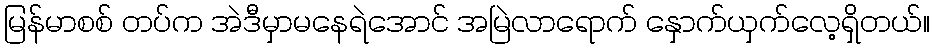
မြန်မာစစ် တပ်က အဲဒီမှာမနေရဲအောင် အမြဲလာရောက် နှောက်ယှက်လေ့ရှိတယ်။